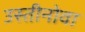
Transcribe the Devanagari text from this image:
उस्तीनोवा